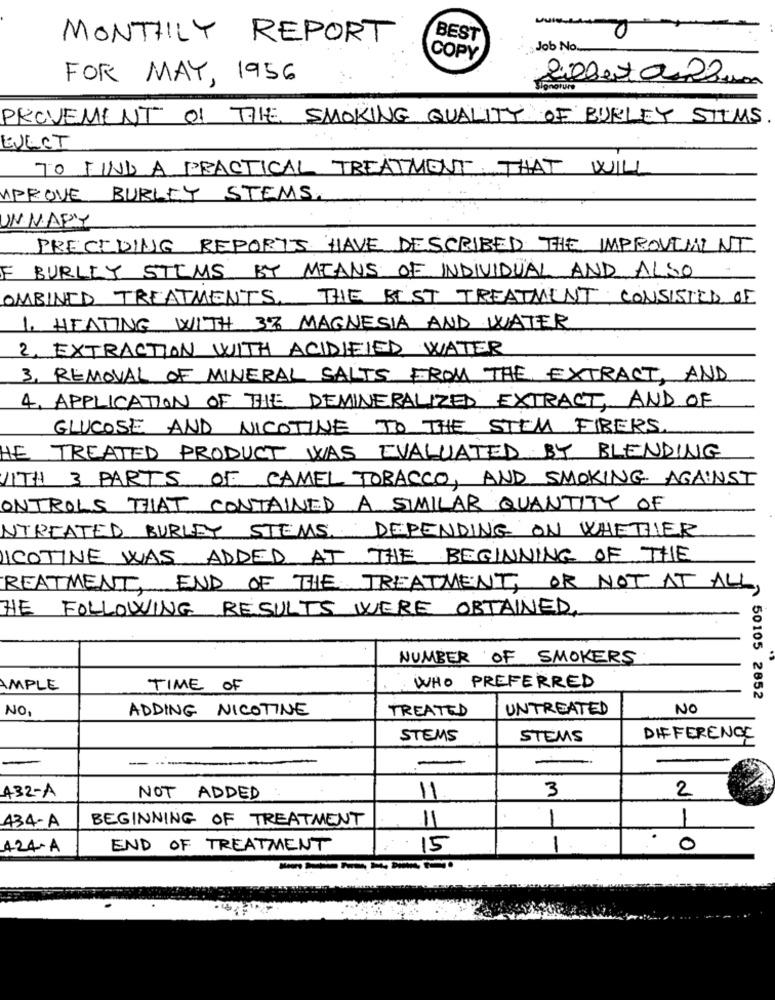
MONTHLY REPORT
BEST
Job No.
COPY
FOR MAY, 1956
Zillertalum
PROVEMENT OF THE SMOKING QUALITY OF BURLEY SITMS
EJECT
TO FIND A PRACTICAL TREATMENT. THAT WILL
UPROVE BURLEY STEMS.
UNNARY
PRECEDING REPORTS HAVE DESCRIBED THE IMPROVEMENT
F
BURLEY STEMS BY MEANS OF INDIVIDUAL AND ALSO
COMBINED TREATMENTS, THE BEST TREATMENT CONSISTED OF
1. HEATING WITH 3% MAGNESIA AND WATER
2. EXTRACTION WITH ACIDIFIED WATER
3. REMOVAL OF MINERAL SALTS FROM THE EXTRACT, AND
4. APPLICATION OF THE DEMINERALIZED EXTRACT, AND OF
GLUCOSE AND NICOTINE TO THE STEM FIBERS.
HE TREATED PRODUCT WAS EVALUATED BY BLENDING
WITH 3 PARTS OF CAMEL TOBACCO, AND SMOKING AGAINST
ONTROLS THAT CONTAINED A SIMILAR QUANTITY OF
NTREATED BURLEY STEMS, DEPENDING ON WHETHER
NICOTINE WAS ADDED AT THE BEGINNING OF THE
REATMENT, END OF THE TREATMENT, OR NOT AT ALL,
THE FOLLOWING RESULTS WERE OBTAINED,
NUMBER OF SMOKERS
AMPLE
TIME OF
WHO PREFERRED
50105 2852
NO.
ADDING NICOTINE
TREATED
UNTREATED
NO
STEMS
STEMS
DIFFERENCE
-
-
2
432-A
NOT ADDED
11
3
434-A
BEGINNING OF TREATMENT
11
1
1
424-A
END OF TREATMENT
15
1
0